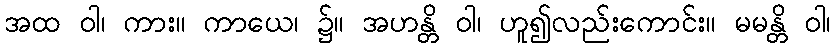
အထ ဝါ၊ ကား။ ကာယေ၊ ၌။ အဟန္တိ ဝါ၊ ဟူ၍လည်းကောင်း။ မမန္တိ ဝါ၊